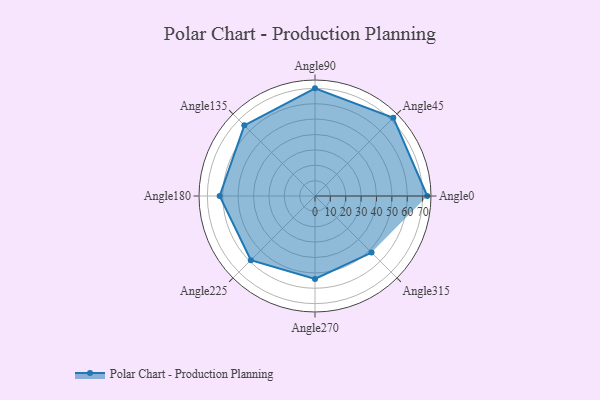
{"axis": {"x": "Angle", "y": "Radius"}, "legend": [""], "data": [{"x": "Angle0", "y": 73.0, "type": ""}, {"x": "Angle45", "y": 72.0, "type": ""}, {"x": "Angle90", "y": 70.0, "type": ""}, {"x": "Angle135", "y": 65.0, "type": ""}, {"x": "Angle180", "y": 62.0, "type": ""}, {"x": "Angle225", "y": 59.0, "type": ""}, {"x": "Angle270", "y": 54.0, "type": ""}, {"x": "Angle315", "y": 52.0, "type": ""}]}